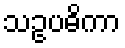
သဥပဓိကာ